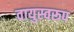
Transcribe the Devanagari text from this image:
वायुस्वरूप